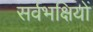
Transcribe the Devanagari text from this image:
सर्वभक्षियों